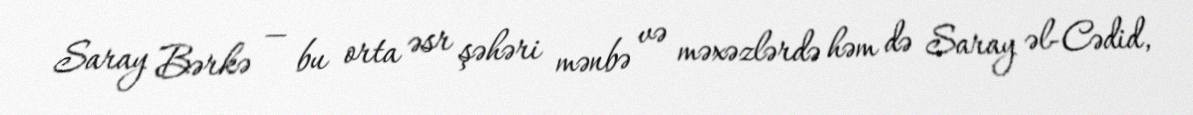
Saray Bərkə — bu orta əsr şəhəri mənbə və məxəzlərdə həm də Saray əl-Cədid,